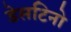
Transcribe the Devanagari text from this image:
डेसटिनो